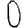
Digit: 0